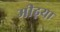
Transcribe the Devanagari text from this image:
मीढ़या